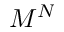
M ^ { N }